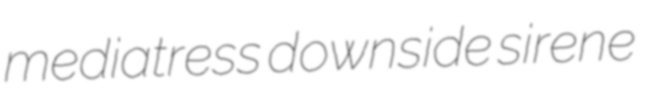
mediatress downside sirene